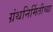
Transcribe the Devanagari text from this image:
ग्रंथनिर्मितीच्या